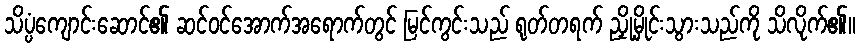
သိပ္ပံကျောင်းဆောင်၏ ဆင်ဝင်အောက်အရောက်တွင် မြင်ကွင်းသည် ရုတ်တရက် ညှို့မှိုင်းသွားသည်ကို သိလိုက်၏။